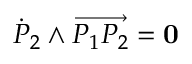
{ \dot { P } } _ { 2 } \wedge \overrightarrow { P _ { 1 } P _ { 2 } } = { \bf 0 }